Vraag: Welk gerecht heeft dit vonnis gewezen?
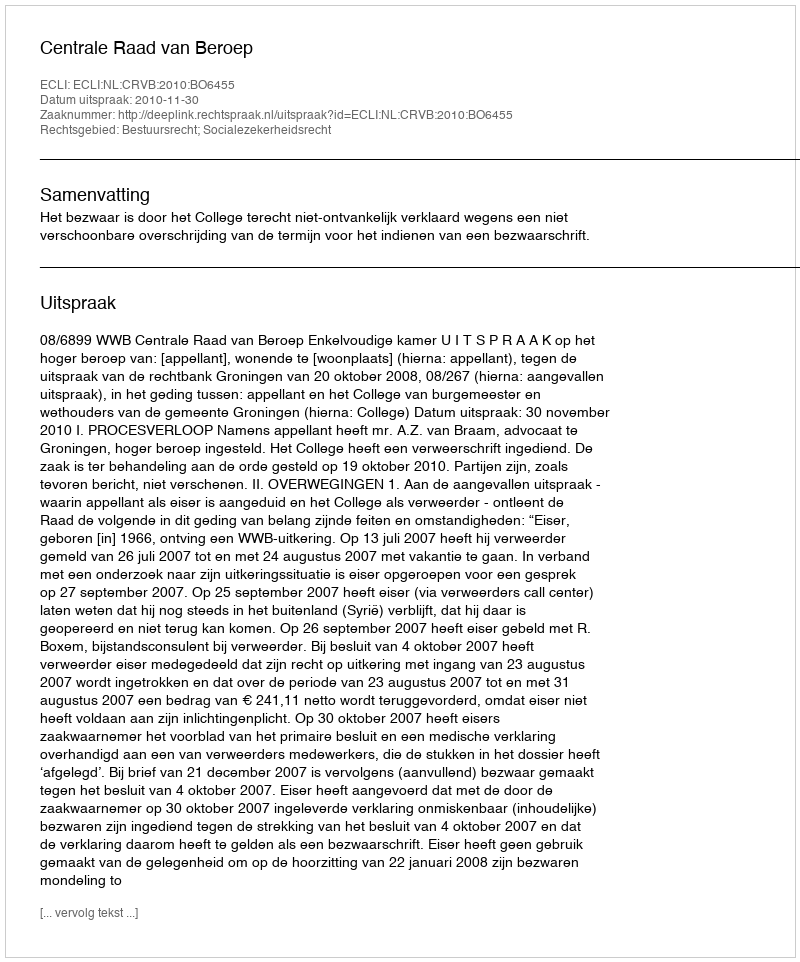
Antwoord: Centrale Raad van Beroep